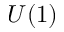
U ( 1 )